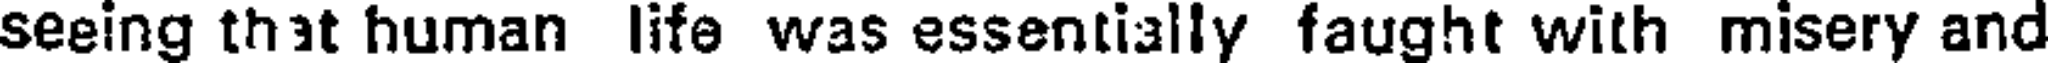
seeing that human life was essentially faught with misery and